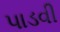
પાડવી